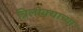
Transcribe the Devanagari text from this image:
त्रिलोक्याच्या